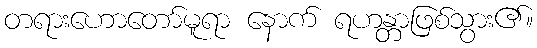
တရားဟောတော်မူရာ နောက် ရဟန္တာဖြစ်သွား၏။